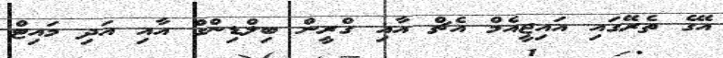
އޭގެ ތެރޭގައި އައިޖީއެމް އެޗް އާއި ގްރީން ބިލްޑިންގް އާއި އަދި މައިޓް